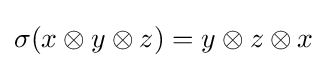
\sigma (x\otimes y\otimes z)=y\otimes z\otimes x